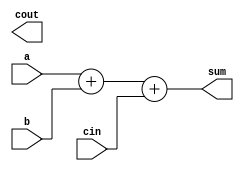
module carry_lookahead_adder (
    input [3:0] a,
    input [3:0] b,
    input cin,
    output [3:0] sum,
    output cout
);

wire [3:0] p, g;
wire [3:0] c;

assign p = a ^ b;
assign g = a & b;
assign c[0] = cin;

genvar i;

generate
    for (i = 0; i < 4; i = i + 1) begin
        assign c[i+1] = g[i] | (p[i] & c[i]);
    end
endgenerate

assign sum = a + b + cin;
assign cout = c[4];

endmodule